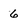
Character: 6